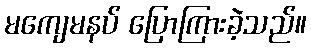
မကျေမနပ် ပြောကြားခဲ့သည်။